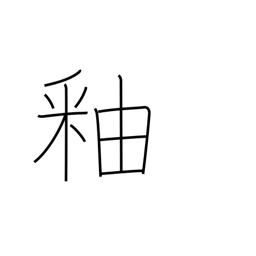
Meaning: glaze